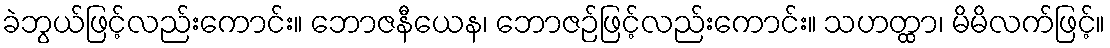
ခဲဘွယ်ဖြင့်လည်းကောင်း။ ဘောဇနီယေန၊ ဘောဇဉ်ဖြင့်လည်းကောင်း။ သဟတ္ထာ၊ မိမိလက်ဖြင့်။